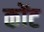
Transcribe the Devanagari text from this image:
कोंट